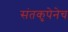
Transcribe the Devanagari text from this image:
संतकृपेनेच